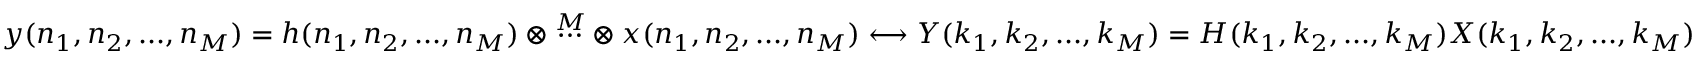
y ( n _ { 1 } , n _ { 2 } , . . . , n _ { M } ) = h ( n _ { 1 } , n _ { 2 } , . . . , n _ { M } ) \otimes { \overset { M } { \cdots } } \otimes x ( n _ { 1 } , n _ { 2 } , . . . , n _ { M } ) \longleftrightarrow Y ( k _ { 1 } , k _ { 2 } , . . . , k _ { M } ) = H ( k _ { 1 } , k _ { 2 } , . . . , k _ { M } ) X ( k _ { 1 } , k _ { 2 } , . . . , k _ { M } )